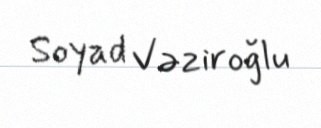
Soyad Vəziroğlu